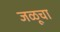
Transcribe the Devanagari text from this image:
जळूचा